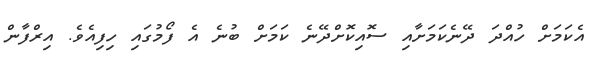
އެކަމަށް ހުއްދަ ދޭނެކަމަށާއި ސޮއިކޮށްދޭނެ ކަމަށް ބުނެ އެ ފޯމުގައި ހިފިއެވެ. އިރްފާން